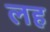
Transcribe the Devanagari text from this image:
लह